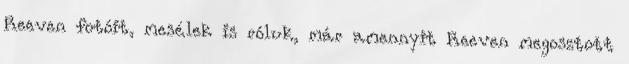
Reeven fotóit, mesélek is róluk, már amennyit Reeven megosztott